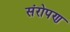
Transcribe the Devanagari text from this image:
संरोपण